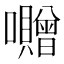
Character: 囎